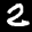
Label: 2